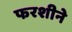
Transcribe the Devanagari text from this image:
फरशीने